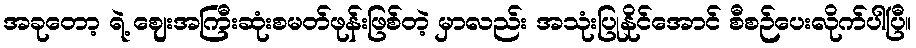
အခုတော့ ရဲ့ ဈေးအကြီးဆုံးစမတ်ဖုန်းဖြစ်တဲ့ မှာလည်း အသုံးပြုနိုင်အောင် စီစဉ်ပေးလိုက်ပါပြီ။